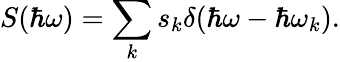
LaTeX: S(\hbar\omega)=\sum_{k}s_{k}\delta(\hbar\omega-\hbar\omega_{k}).